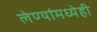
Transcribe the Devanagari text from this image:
लेण्यांमध्येही